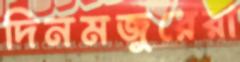
দিনমজুরেরা